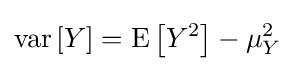
\operatorname {var} \left[Y\right]=\operatorname {E} \left[Y^{2}\right]-\mu _{Y}^{2}